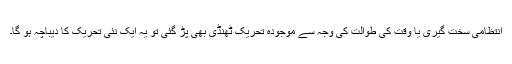
انتظامی سخت گیری یا وقت کی طوالت کی وجہ سے موجودہ تحریک ٹھنڈی بھی پڑ گئی تو یہ ایک نئی تحریک کا دیباچہ ہو گا۔